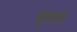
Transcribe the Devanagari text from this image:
सुरतर